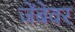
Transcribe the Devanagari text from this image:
जेंबेवर